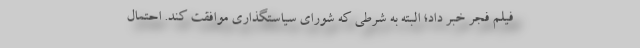
فیلم فجر خبر داد؛ البته به شرطی که شورای سیاستگذاری موافقت کند. احتمال